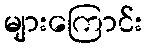
များကြောင်း